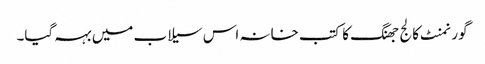
گورنمنٹ کالج جھنگ کا کتب خانہ اس سیلاب میں بہہ گیا۔